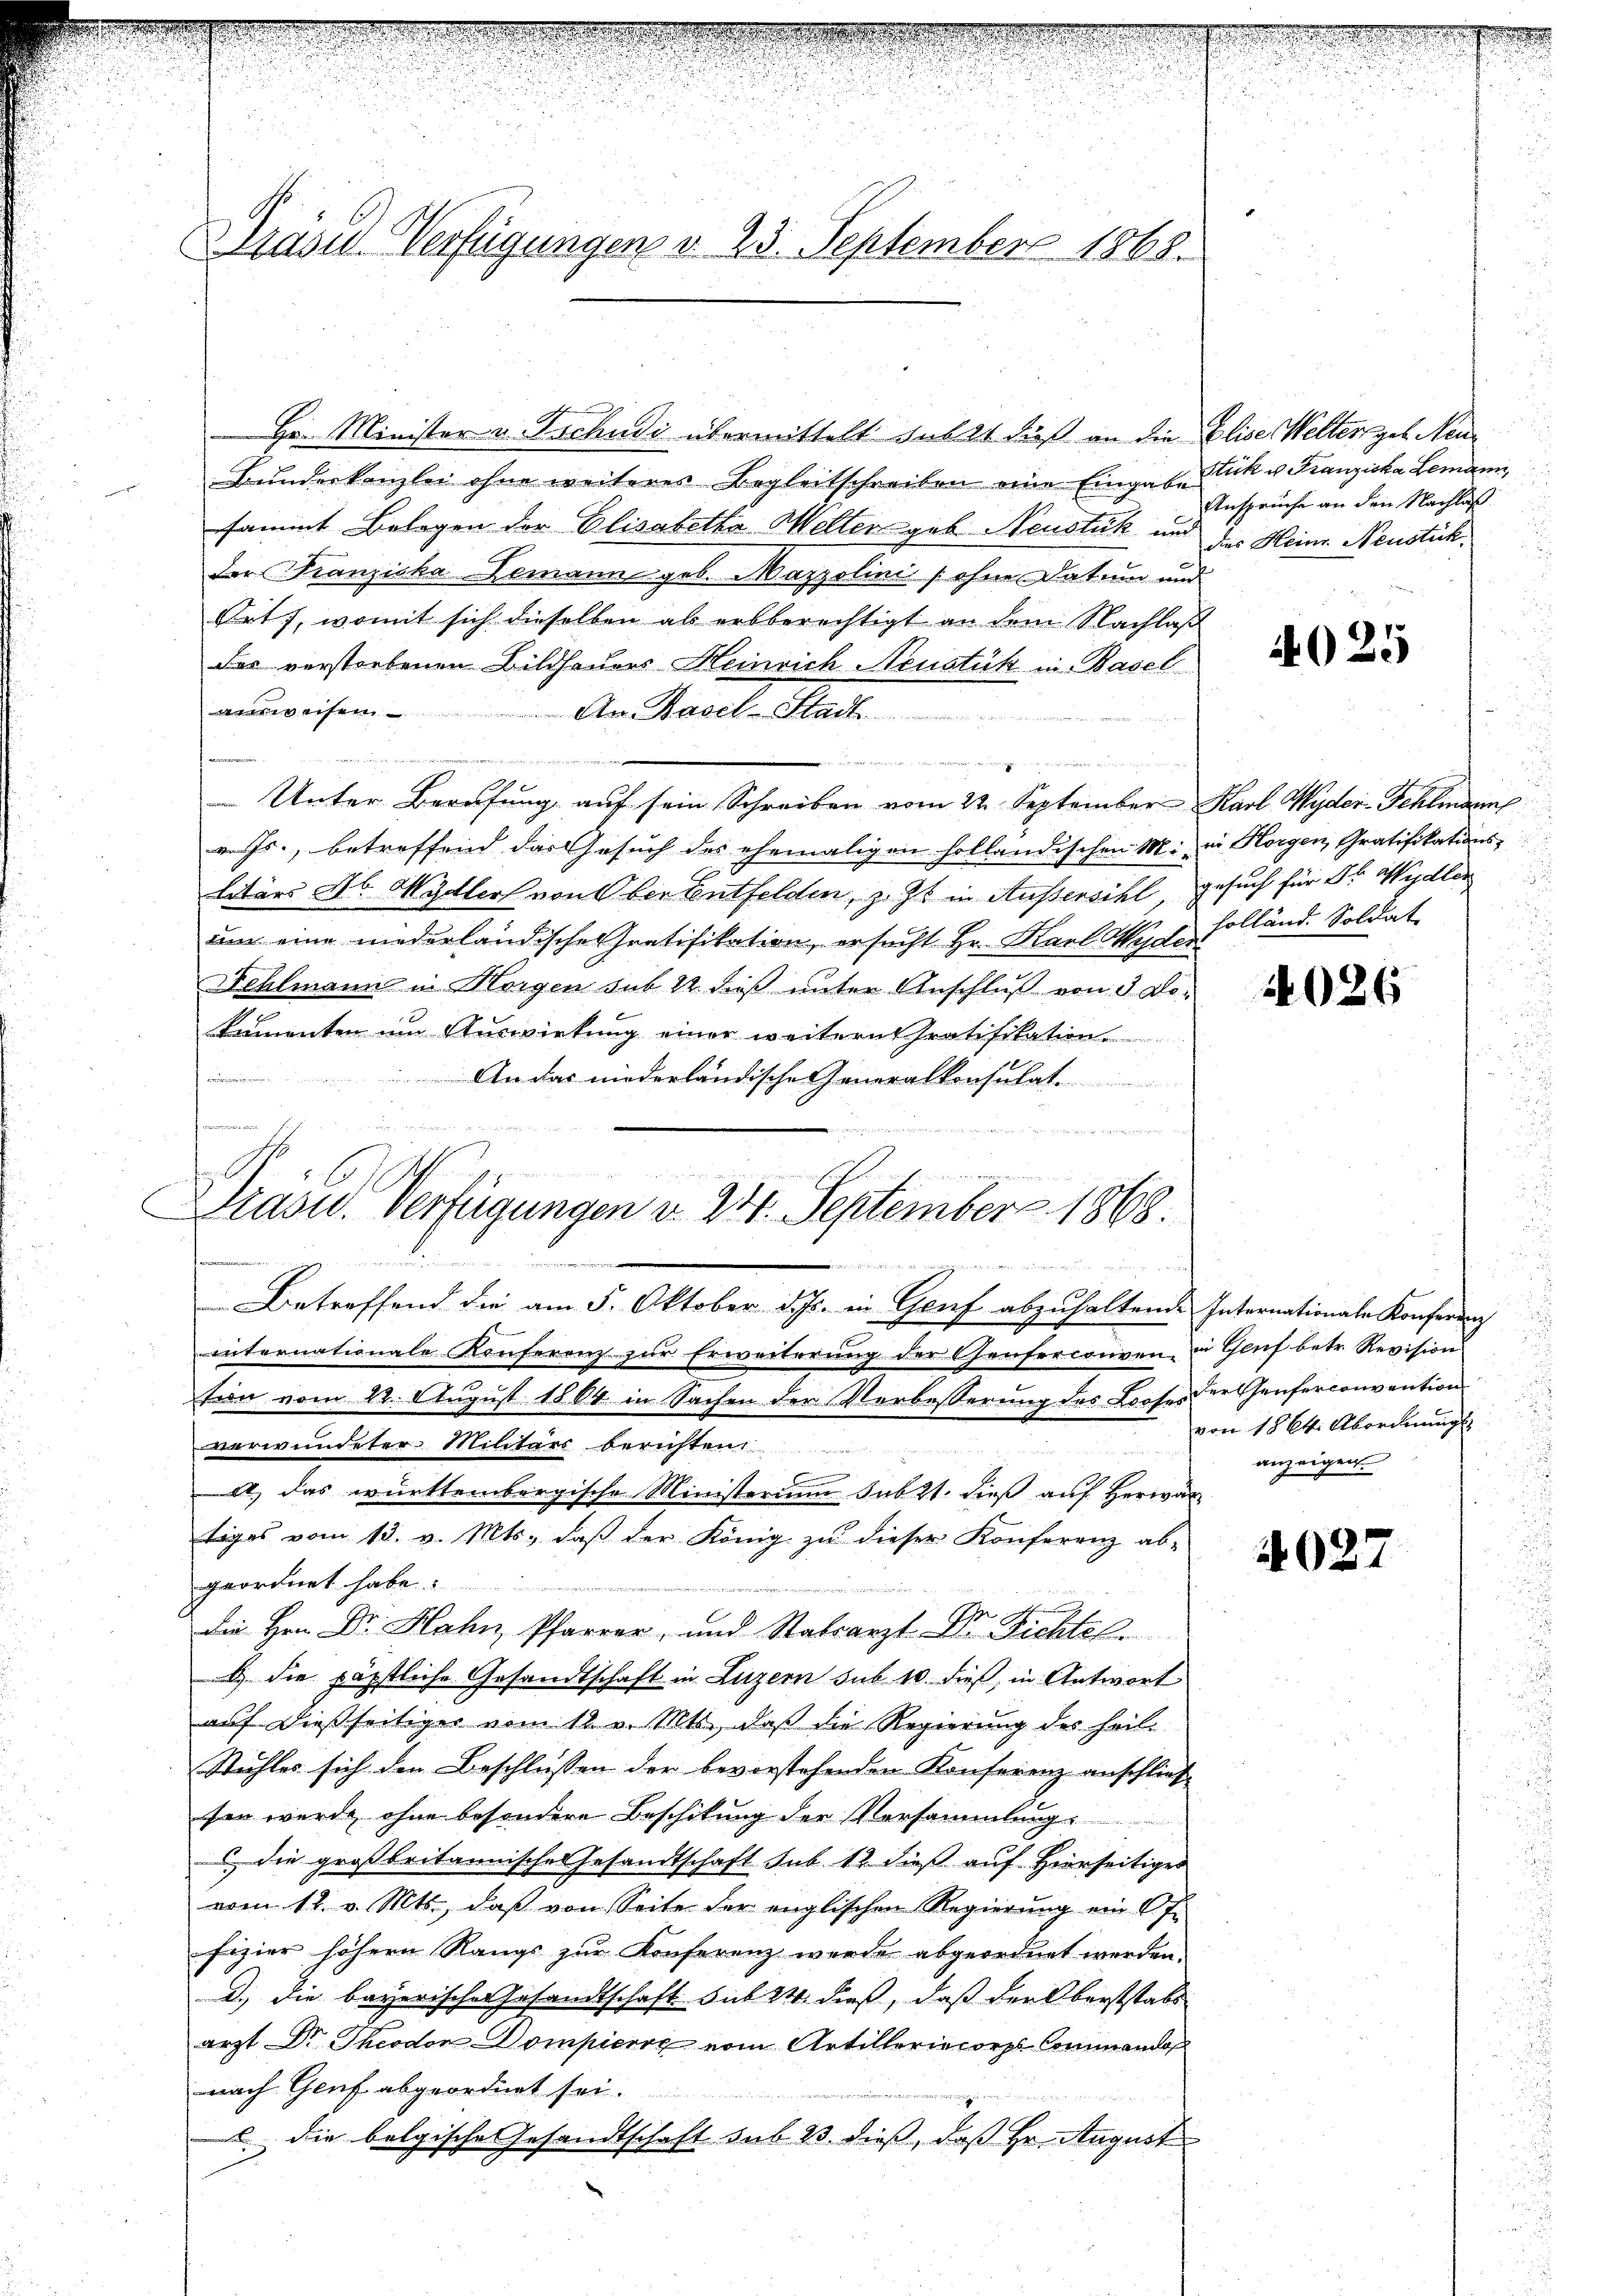
"
Präsed-Verfügungen v. 23. September 1868.

Hr. Minister v. Tschudi übermittelt halt dieß an die Elise Welter geb. Neu¬
Bundeskanzlei ohne weiteres Begleitschreiben eine Eingabe
sammt Belegen der Elisabetha Meller geb. Neustük und des Heine Neustick
der Franziska-Lemann geb. Mazzolini (ohne Datum und
Orts, womit sich dieselben als erbberechtigt an dem Nachlaß
der verstorbenen Bildhauers Heinrich Neustük in Basel
Aversen
An Basel-Stadt
d
d
Unter Berufung auf sein Schreiben vom 22. September Karl Wyder-Schlindung
v. Js., betreffend das Gesuch des ehemaligen holländischen M. in Horgen, Gratifikationslitärs Ab. Wydlers von Ober entfelden, z. Zt. in Aussersihl gesuch für Sr. Wydler
um eine niederländische Gratifikation, ersucht Hr. Karl Hyder
Fehlmann in Horgen sub 22. dieß unter Anschluß von 3. Dokementen um Auswirkung einer weitern tratifikation
An das niederländische Generalkonsulat
n
 e g

Drasid. Verfügungen d. 24. September 1868.

ndern den
de die ich in die wie weiterend der des er er der

Betreffend die am 5. Oktober d. Js. in Genf abzuhaltende Internationale Konferung
internationale Konferenz zur Erweiterung der Genferconven, in Genf betr. Revision
tion vom 22. August 1864 in Sachen der Verbesserung des Looses dershenferconvention
verwundeter Militärs berichten
g
a, das württembergische Ministerium sub 21. dieß auf Herwär
tiges vom 13. v. Mts., daß der König zu dieser Konferenz ab-
geordnet habe.
Die Hrn. Dr. Hahn, Pfarrer, und Stabsarzt Dr. Fichtel
b.) die päpstliche Gesandtschaft in Luzern sub 10. dieß, in Antwort
auf dießseitiger vom 12. v. Mts., daß die Regierung des heil¬
Stuhles sich den Beschlüssen der bevorstehenden Konferenz anschlies
sen wurde ohne besondere Beschikung der Vorsammlung.
 die großbritannisches Gesandtschaft sub 12 dieß auf Hierseitiges
vom 18. v. Mts., daß von Seite der englischen Regierung ein J.
fizier höhern Rangs zur Konferenz werde abgeordnet werden.
d.) Die bayerischer Gesandtschaft sub 24 dieß, daß der Oberststabs
arzt Dr. Theodor Dompierig vom Artilleriecorps-Commandos
nach Genf abgeordnet sei.
c. die belgische Gesandtschaft sub 23. dieß, daß Hr. August

Stück u. Franziska Lemann
Ansprüche an den Nachlaß

.
.

425

holländ. Soldat

4026

von 18 Ct. Abordnung
anzeigen.

4027